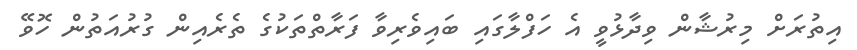
އިތުރަށް މިރުޝާން ވިދާޅުވީ އެ ހަފްލާގައި ބައިވެރިވާ ފަރާތްތަކުގެ ތެރެއިން ގުރުއަތުން ހޮވޭ